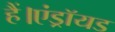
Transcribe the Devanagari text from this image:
हैं।एंड्रॉयड